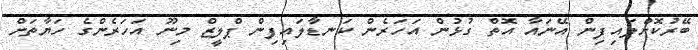
ބޭރުކޮށްލައިފިން އޭނައާ އޮތް ގުޅުން އަހަރެން ކަނޑާލައިފިން ޕްލީޒް މިނޫ އަހަރެންގެ ހަޔާތަށް